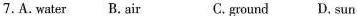
7.A.water B.air C.ground D.sun